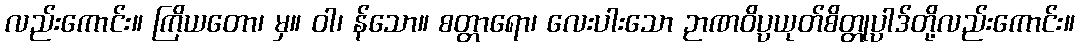
လည်းကောင်း။ ကြိယတော၊ မှ။ ဝါ၊ န်သော။ စတ္တာရော၊ လေးပါးသော ဉာဏဝိပ္ပယုတ်စိတ္တုပ္ပါဒ်တို့လည်းကောင်း။